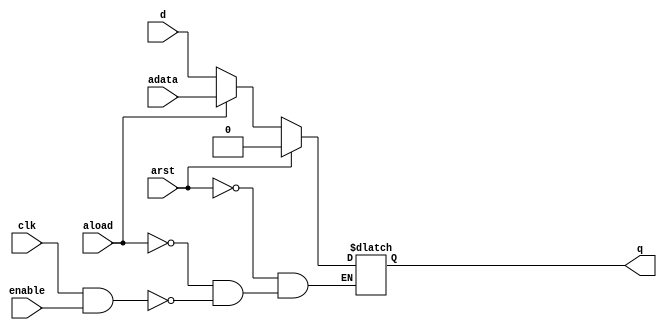
module dffr_a (clk, arst, aload, adata, d, enable, q);
    input clk;
    input arst;
    input aload;
    input adata;
    input d;
    input enable;
    output reg q;
    
    always @(clk or arst or aload)
      begin
        if (arst == 1'b1) q <= 1'b0;
        else if (aload == 1'b1) q <= adata; 
        else if ((clk == 1'b1) && (enable == 1'b1)) q <= d;
      end
      
endmodule